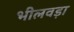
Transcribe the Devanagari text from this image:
भीलवड़ा